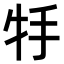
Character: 𤘶